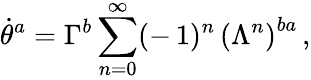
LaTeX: \dot{\theta}^{a}=\Gamma^{b}\sum_{n=0}^{\infty}(-\, 1)^{n}\, \left(\Lambda^{n}\right)^{ba}\, ,